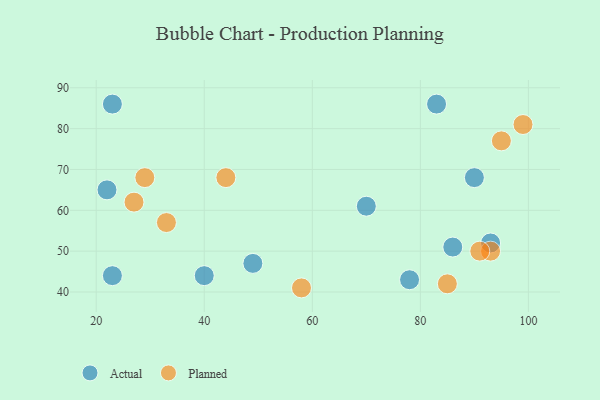
{"axis": {"x": "GDP", "y": "Life Expectancy"}, "legend": ["Actual", "Planned"], "data": [{"x": "90", "y": 68, "type": "Actual"}, {"x": "23", "y": 86, "type": "Actual"}, {"x": "70", "y": 61, "type": "Actual"}, {"x": "78", "y": 43, "type": "Actual"}, {"x": "86", "y": 51, "type": "Actual"}, {"x": "23", "y": 44, "type": "Actual"}, {"x": "49", "y": 47, "type": "Actual"}, {"x": "22", "y": 65, "type": "Actual"}, {"x": "40", "y": 44, "type": "Actual"}, {"x": "83", "y": 86, "type": "Actual"}, {"x": "93", "y": 52, "type": "Actual"}, {"x": "93", "y": 50, "type": "Planned"}, {"x": "44", "y": 68, "type": "Planned"}, {"x": "85", "y": 42, "type": "Planned"}, {"x": "95", "y": 77, "type": "Planned"}, {"x": "58", "y": 41, "type": "Planned"}, {"x": "29", "y": 68, "type": "Planned"}, {"x": "91", "y": 50, "type": "Planned"}, {"x": "27", "y": 62, "type": "Planned"}, {"x": "33", "y": 57, "type": "Planned"}, {"x": "99", "y": 81, "type": "Planned"}]}